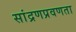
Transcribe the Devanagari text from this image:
सांद्रणप्रवणता